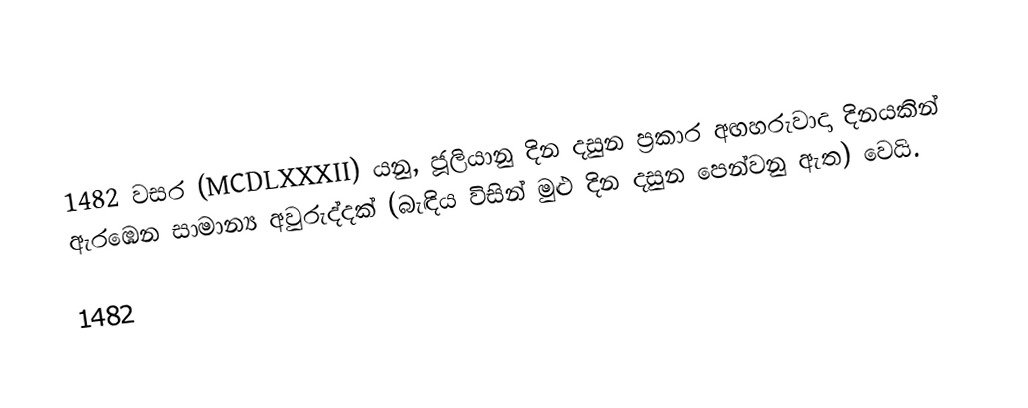

1482 වසර (MCDLXXXII) යනු, ජූලියානු දින දසුන ප්‍රකාර  අඟහරුවාදා දිනයකින් ඇරඹෙන සාමාන්‍ය අවුරුද්දක් (බැඳිය විසින් මුළු දින දසුන පෙන්වනු ඇත) වෙයි.

1482